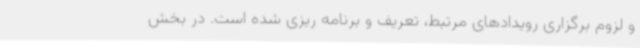
و لزوم برگزاری رویدادهای مرتبط، تعریف و برنامه ریزی شده است. در بخش